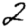
Digit: 2